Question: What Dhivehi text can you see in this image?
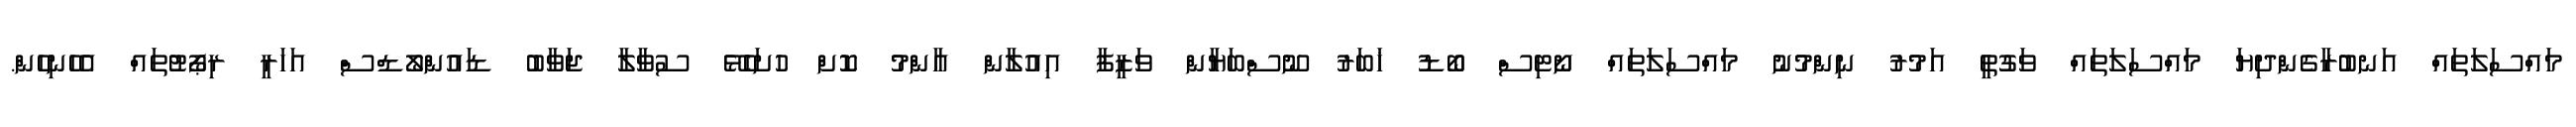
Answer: މައްސަލަތައް އަނބުރާގެންދިޔަ މައްސަލަތައް ވަގުތީ އަމުރު ނިންމުނު މައްސަލަތައް ނޯޓިސް ބޯޑު ޚަބަރު ނޫސްބަޔާން ވަޒީފާ އިއުލާން އާންމު ކޮށް ހުށަހެޅޭ ސުވާލާ ޖަވާބު ޑައުންލޯޑްސް އަހަރީ ރިޕޯޓުތައް އެހެނިހެން.